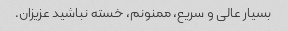
بسیار عالی و سریع، ممنونم، خسته نباشید عزیزان.